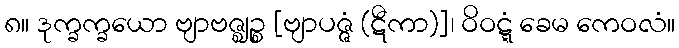
၈။ ဒုက္ခက္ခယော ဗျာဗဇ္ဈဉ္စ [ဗျာပဇ္ဇံ (ဋီကာ)]၊ ဝိဝဋ္ဋံ ခေမ ကေဝလံ။